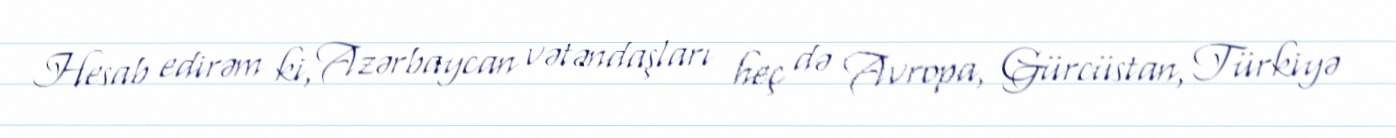
Hesab edirəm ki, Azərbaycan vətəndaşları heç də Avropa, Gürcüstan, Türkiyə